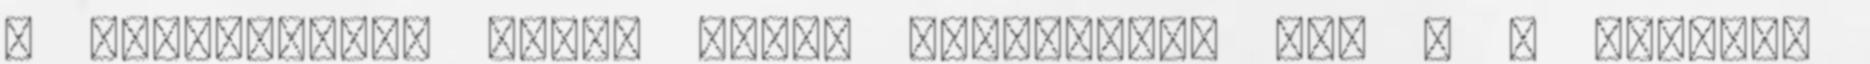
a várólistára black eagle bejegyzést írt a z Őszikék